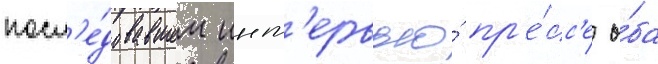
посл'е́довавшем инт'ервью́ пр'е́сс'е о́ба